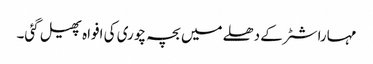
مہاراشٹر کے دھلے میں بچہ چوری کی افواہ پھیل گئی۔